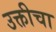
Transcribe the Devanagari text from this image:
उक्तीचा